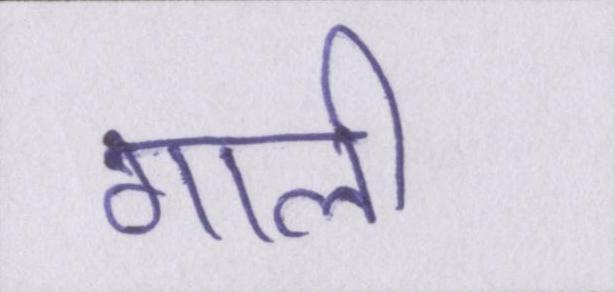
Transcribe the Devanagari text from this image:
गाली